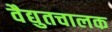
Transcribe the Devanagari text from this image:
वैद्युतचालक